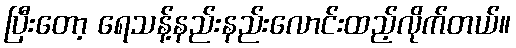
ပြီးတော့ ရေသန့်နည်းနည်းလောင်းထည့်လိုက်တယ်။